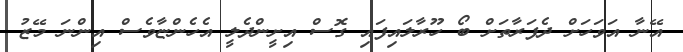
އޭނާ އަވަހަށް ދެފަރާތަށް ބޯ ހޫރާލައިފައި ގޮސް އިށީންދެލީ އެހެންޏާވެސް އިންނަ މޭޒު